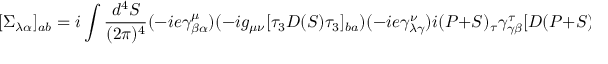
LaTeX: [ \Sigma _ { \lambda \alpha } ] _ { a b } = i \int \frac { d ^ { 4 } S } { ( 2 \pi ) ^ { 4 } } ( - i e \gamma _ { \beta \alpha } ^ { \mu } ) ( - i g _ { \mu \nu } [ \tau _ { 3 } D ( S ) \tau _ { 3 } ] _ { b a } ) ( - i e \gamma _ { \lambda \gamma } ^ { \nu } ) i ( P + S ) _ { \tau } \gamma _ { \gamma \beta } ^ { \tau } [ D ( P + S ) ] _ { a b } .